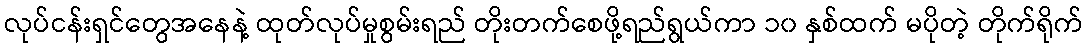
လုပ်ငန်းရှင်တွေအနေနဲ့ ထုတ်လုပ်မှုစွမ်းရည် တိုးတက်စေဖို့ရည်ရွယ်ကာ ၁၀ နှစ်ထက် မပိုတဲ့ တိုက်ရိုက်